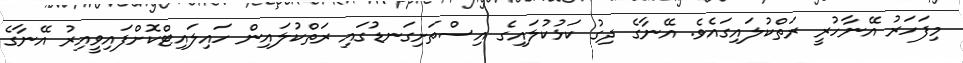
މިފަހަރު އޭނާހުރީ ރަތްކުލައިގައެވެ. އޭނާގެ ދިގު ކަޅުކުލައިގެ އިސްތަށިގަނޑުގައި ރަތްކުލައިން ހައިލައިޓްކޮށްފައިވީއިރު އޭނާގެ